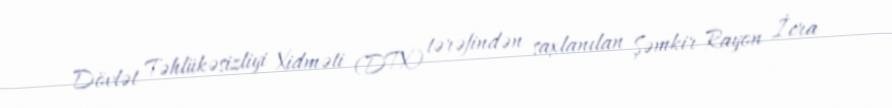
Dövlət Təhlükəsizliyi Xidməti (DTX) tərəfindən saxlanılan Şəmkir Rayon İcra